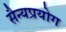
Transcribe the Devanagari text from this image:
सैन्यप्रयोग